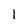
Character: l